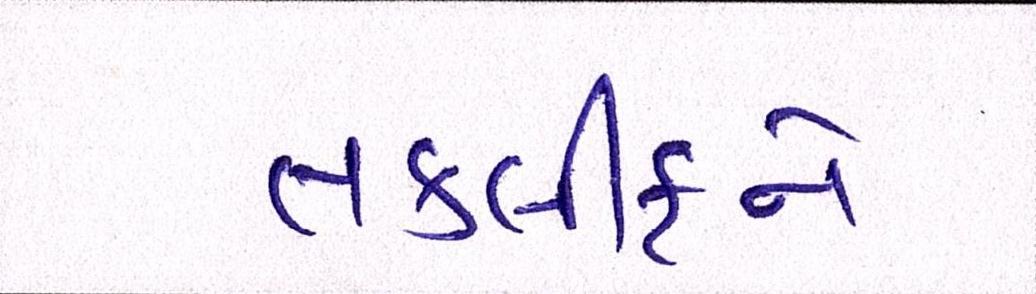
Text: તકલીફને